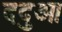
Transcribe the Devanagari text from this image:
ददुआ